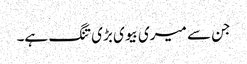
جن سے میری بیوی بڑی تنگ ہے۔